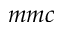
m m c